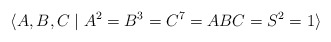
\begin{align*}\langle A,B,C\mid A^2=B^3=C^7=ABC=S^2=1\rangle\end{align*}